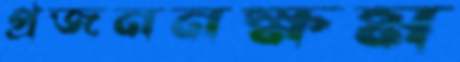
প্রজননক্ষম